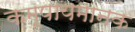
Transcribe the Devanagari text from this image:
कम्पायमानक